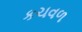
કચવળ